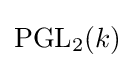
\mathrm {PGL} _{2}(k)